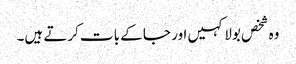
وہ شخص بولا کہیں اور جا کے بات کرتے ہیں۔